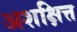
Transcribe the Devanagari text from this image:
अशक्षित्त